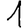
Digit: 1